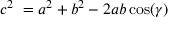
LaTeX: c ^ { 2 } \ = a ^ { 2 } + b ^ { 2 } - 2 a b \cos ( \gamma )